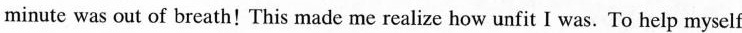
minute was out of breath! This made me realize how unfit I was. To help myself